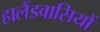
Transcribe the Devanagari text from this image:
हालैंडवासियों